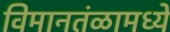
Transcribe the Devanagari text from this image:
विमानतंळामध्ये